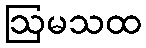
ဩမသထ